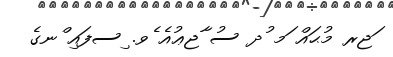
ަޖރ މުޙައް ަމ ުދ ސު ާޖޢުއެ ެވ. ިސފައި ްނގެ